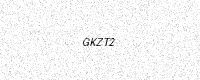
Text: GKZT2